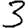
Digit: 3